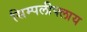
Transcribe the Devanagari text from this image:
सिम्पलीफ्लाय